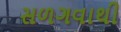
સળગવાથી